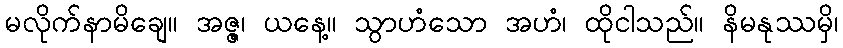
မလိုက်နာမိချေ။ အဇ္ဇ၊ ယနေ့။ သွာဟံသော အဟံ၊ ထိုငါသည်။ နိမနုဿမှိ၊